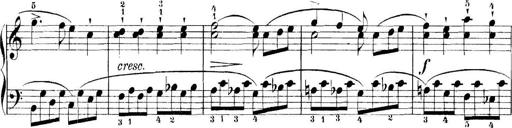
Title: 11 Sonatinas
Composer: Anton Diabelli